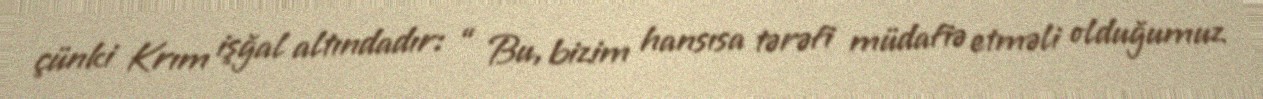
çünki Krım işğal altındadır: “ Bu, bizim hansısa tərəfi müdafiə etməli olduğumuz